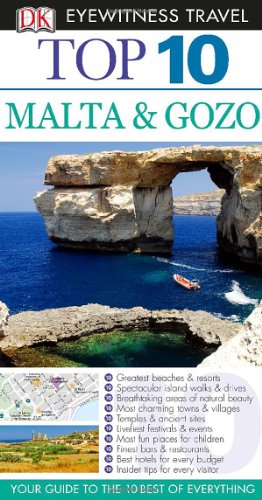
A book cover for Top 10 Malta and Gozo (EYEWITNESS TOP 10 TRAVEL GUIDE); Mary-Ann Gallagher; Travel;